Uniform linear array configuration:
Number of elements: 32
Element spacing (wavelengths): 0.5
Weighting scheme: exponential
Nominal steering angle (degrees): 15
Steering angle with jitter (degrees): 16.979
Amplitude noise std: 0.05
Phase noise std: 0.05

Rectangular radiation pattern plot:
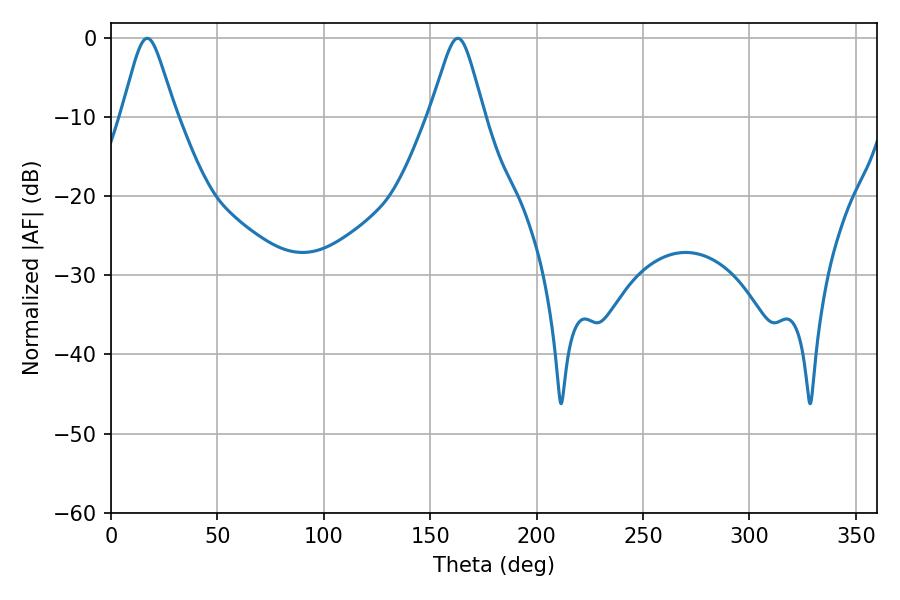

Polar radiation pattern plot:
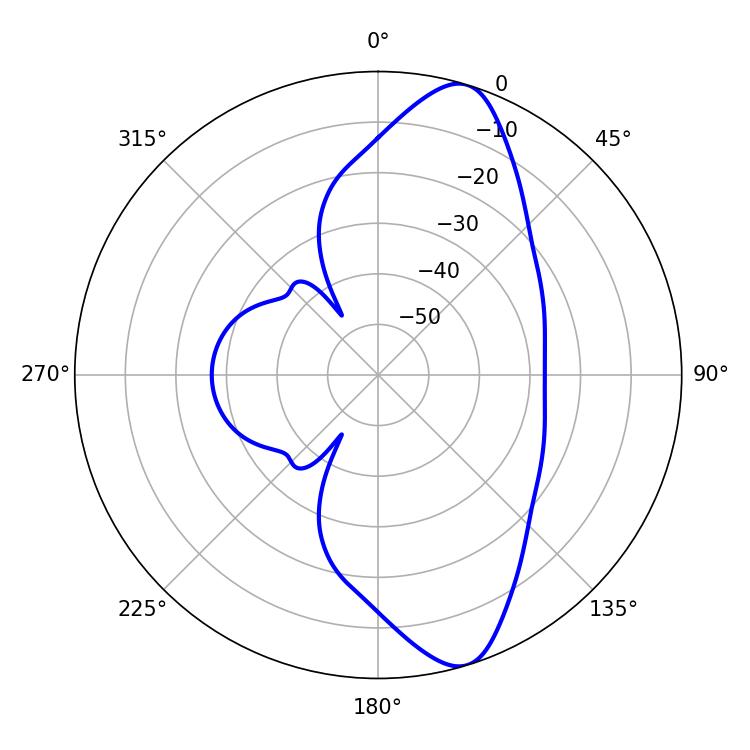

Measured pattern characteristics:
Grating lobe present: FALSE
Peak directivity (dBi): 10.99
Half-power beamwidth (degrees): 12.06
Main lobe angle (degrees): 17.1